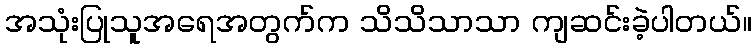
အသုံးပြုသူအရေအတွက်က သိသိသာသာ ကျဆင်းခဲ့ပါတယ်။